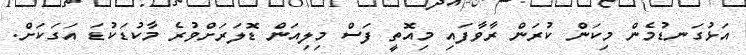
އަޅުގަނޑުމެން މިކަން ކުރަން ރާވާފައި މިއޮތީ ފަސް މިލިއަން ޑޮލަރަށްވުރެ މާކުޑަކުޑަ އަގަކަށް.